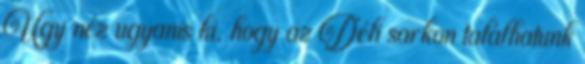
Úgy néz ugyanis ki, hogy az Déli sarkon találhatunk